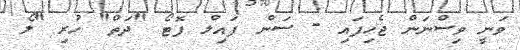
ވަނީ ވިސްނަން ޖެހިފައި - ސަން ފައިލް ފޮޓޯ "ދަތް" ހުރި "ލޯ